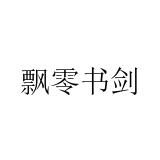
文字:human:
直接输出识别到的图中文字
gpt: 飘零书剑